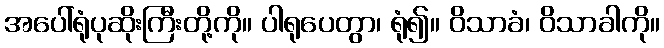
အပေါ်ရုံပုဆိုးကြီးတို့ကို။ ပါရုပေတွာ၊ ရုံ၍။ ဝိသာခံ၊ ဝိသာခါကို။